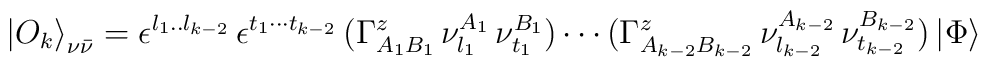
{\vert O_k\rangle}_{\nu\bar\nu} =\epsilon^{l_1..l_{k-2}} \,\epsilon^{t_1 \cdots t_{k-2}} \, (\Gamma^z_{A_1B_1}\, \nu^{A_1}_{l_1}\, \nu^{B_1}_{t_1}) \cdots (\Gamma^z_{A_{k-2}B_{k-2}}\,\nu^{A_{k-2}}_{l_{k-2}} \,\nu^{B_{k-2}}_{t_{k-2}}) \, \vert\Phi\rangle